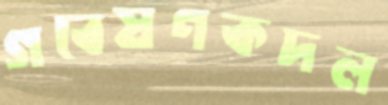
গবেষণকদল